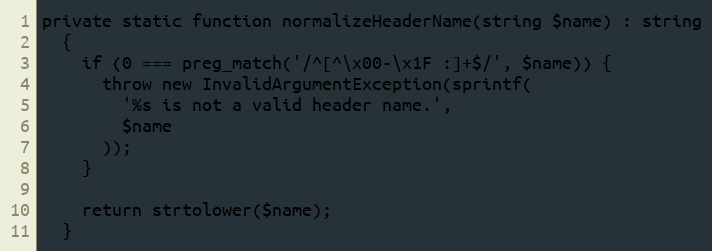
Language: PHP
private static function normalizeHeaderName(string $name) : string
  {
    if (0 === preg_match('/^[^\x00-\x1F :]+$/', $name)) {
      throw new InvalidArgumentException(sprintf(
        '%s is not a valid header name.',
        $name
      ));
    }

    return strtolower($name);
  }